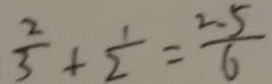
\frac { 2 } { 3 } + \frac { 1 } { 2 } = \frac { 2 . 5 } { 6 }